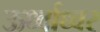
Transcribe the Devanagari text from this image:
ऊर्ध्वाध्वर